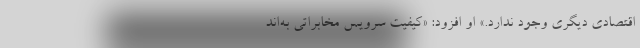
اقتصادی دیگری وجود ندارد.» او افزود: «کیفیت سرویس مخابراتی به‌اند